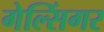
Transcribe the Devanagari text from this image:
गेल्सिंगर